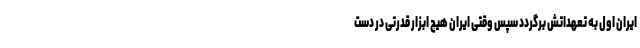
ایران اول به تعهداتش برگردد سپس وقتی ایران هیچ ابزار قدرتی در دست